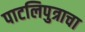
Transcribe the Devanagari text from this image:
पाटलिपुत्राचा